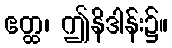
ဧတ္ထ၊ ဤနိဒါန်း၌။